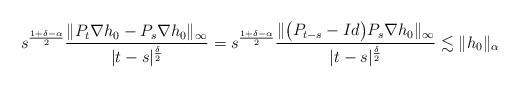
\begin{align*}s^\frac{1+\delta-\alpha}{2} \frac{\|P_t\nabla h_0-P_s\nabla h_0 \|_{\infty}}{|t-s|^\frac{\delta}{2}} = s^\frac{1+\delta-\alpha}{2} \frac{\|\big(P_{t-s}-Id\big)P_s\nabla h_0\|_{\infty}}{|t-s|^\frac{\delta}{2}}\lesssim \|h_0\|_\alpha\end{align*}